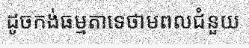
ដូចកង់ធម្មតាទេថាមពលជំនួយ